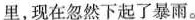
里，现在忽然下起了暴雨。